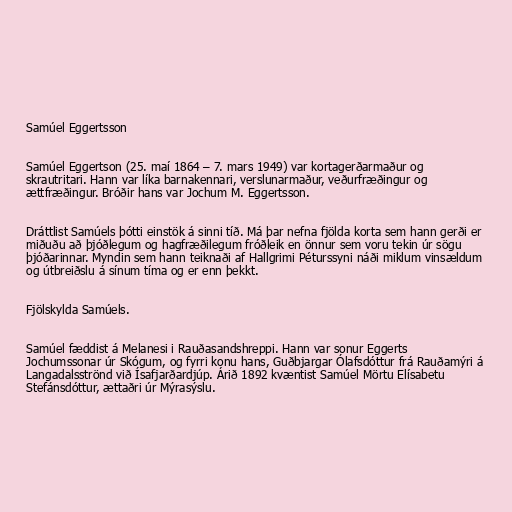
Samúel Eggertsson

Samúel Eggertson (25. maí 1864 – 7. mars 1949) var kortagerðarmaður og
skrautritari. Hann var líka barnakennari, verslunarmaður, veðurfræðingur og
ættfræðingur. Bróðir hans var Jochum M. Eggertsson.

Dráttlist Samúels þótti einstök á sinni tíð. Má þar nefna fjölda korta sem hann gerði er
miðuðu að þjóðlegum og hagfræðilegum fróðleik en önnur sem voru tekin úr sögu
þjóðarinnar. Myndin sem hann teiknaði af Hallgrimi Péturssyni náði miklum vinsældum
og útbreiðslu á sínum tíma og er enn þekkt.

Fjölskylda Samúels.

Samúel fæddist á Melanesi i Rauðasandshreppi. Hann var sonur Eggerts
Jochumssonar úr Skógum, og fyrri konu hans, Guðbjargar Ólafsdóttur frá Rauðamýri á
Langadalsströnd við Ísafjarðardjúp. Árið 1892 kvæntist Samúel Mörtu Elísabetu
Stefánsdóttur, ættaðri úr Mýrasýslu.